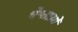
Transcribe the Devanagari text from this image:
चेष्ताओं